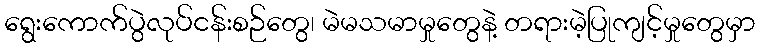
ရွေးကောက်ပွဲလုပ်ငန်းစဉ်တွေ၊ မဲမသမာမှုတွေနဲ့ တရားမဲ့ပြုကျင့်မှုတွေမှာ